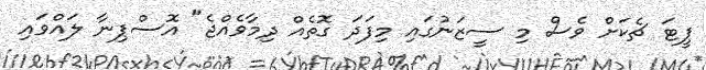
ޕީޓަ ޗެކަށް ވެސް މި ސީޒަނުގައި މިފަދަ ގޮތެއް ދިމާވެއްޖެ" އޮސްޕިނާ ލައްވައި